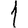
Digit: 1